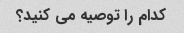
کدام را توصیه می کنید؟